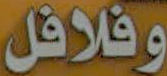
وفلافل